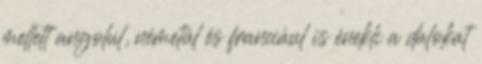
mellett angolul, németül és franciául is énekli a dalokat